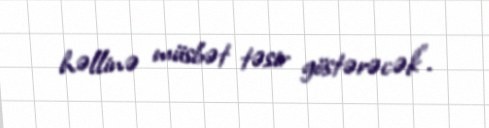
həllinə müsbət təsir göstərəcək".